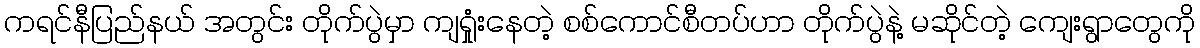
ကရင်နီပြည်နယ် အတွင်း တိုက်ပွဲမှာ ကျရှုံးနေတဲ့ စစ်ကောင်စီတပ်ဟာ တိုက်ပွဲနဲ့ မဆိုင်တဲ့ ကျေးရွာတွေကို